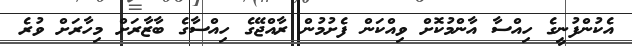
އެކުންފުނީގެ ހިއްސާ އާންމުކޮށް ވިއްކަން ފެށުމުން ރާއްޖޭގެ ހިއްސާގެ ބާޒާރަށް މިހާރަށް ވުރެ